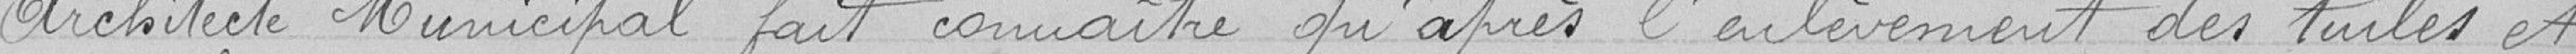
Architecte Municipal, fait connaitre qu'après l'enlèvement des tuiles et